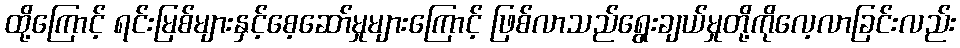
ထို့ကြောင့် ရင်းမြစ်များနှင့်စေ့ဆော်မှုများကြောင့် ဖြစ်လာသည်ရွေးချယ်မှုတို့ကိုလေ့လာခြင်းလည်း